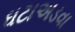
ઘટાઅડવા